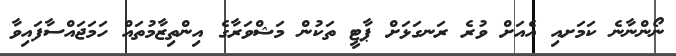
ނޯންނާނެ ކަމަށއި އެއަށް ވުރެ ރަނގަޅަށް ޕާޓީ ތަކުން މަޝްވަރާގެ އިންތިޒާމުތައް ހަމަޖައްސާފައިވާ